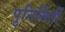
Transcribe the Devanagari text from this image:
पुनिर्मिर्ती